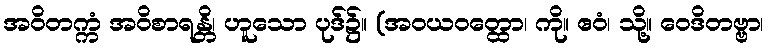
အဝိတက္ကံ အဝိစာရန္တိ၊ ဟူသော ပုဒ်၌။ (အဝယဝတ္ထော၊ ကို။ ဧဝံ၊ သို့။ ဝေဒိတဗ္ဗာ၊